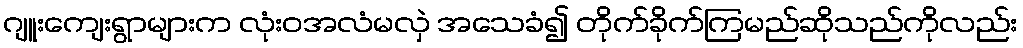
ဂျူးကျေးရွာများက လုံးဝအလံမလှဲ အသေခံ၍ တိုက်ခိုက်ကြမည်ဆိုသည်ကိုလည်း